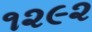
૧૨૯૨